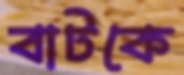
বাটকে